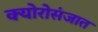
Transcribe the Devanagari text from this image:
क्योरोसंजात